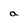
Character: a